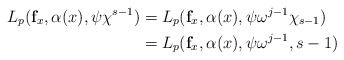
\begin{align*} L_{p}(\mathbf{f}_x,\alpha(x),\psi\chi^{s-1})&=L_{p}(\mathbf{f}_x,\alpha(x),\psi\omega^{j-1}\chi_{s-1})\\&=L_{p}(\mathbf{f}_x,\alpha(x),\psi\omega^{j-1},{s-1})\end{align*}